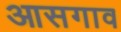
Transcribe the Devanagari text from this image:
आसगाव